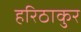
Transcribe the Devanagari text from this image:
हरिठाकुर